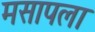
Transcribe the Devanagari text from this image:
मसापला